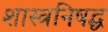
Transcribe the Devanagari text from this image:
शास्त्रनिषद्ध